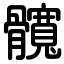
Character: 髖